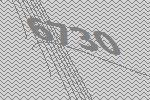
6730